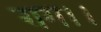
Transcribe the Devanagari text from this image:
राग।।